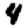
Digit: 4